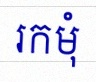
រកមុំ